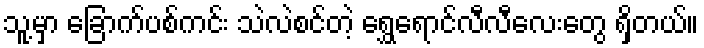
သူ့မှာ ခြောက်ပစ်ကင်း သဲလဲစင်တဲ့ ရွှေရောင်လီလီလေးတွေ ရှိတယ်။